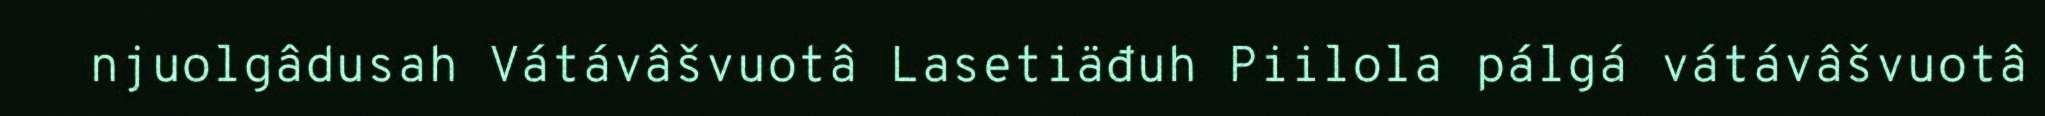
njuolgâdusah Vátávâšvuotâ Lasetiäđuh Piilola pálgá vátávâšvuotâ